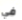
في